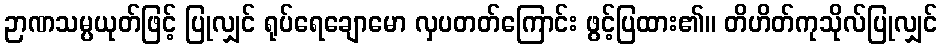
ဉာဏသမ္ပယုတ်ဖြင့် ပြုလျှင် ရုပ်ရေချောမော လှပတတ်ကြောင်း ဖွင့်ပြထား၏။ တိဟိတ်ကုသိုလ်ပြုလျှင်